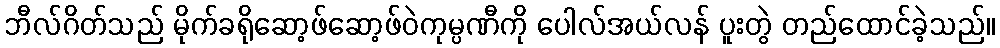
ဘီလ်ဂိတ်သည် မိုက်ခရိုဆော့ဖ်ဆော့ဖ်ဝဲကုမ္ပဏီကို ပေါလ်အယ်လန် ပူးတွဲ တည်ထောင်ခဲ့သည်။